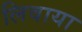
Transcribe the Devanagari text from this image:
लिवाया